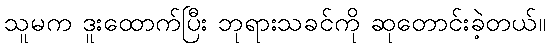
သူမက ဒူးထောက်ပြီး ဘုရားသခင်ကို ဆုတောင်းခဲ့တယ်။